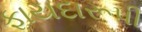
ફાયદારૂપી